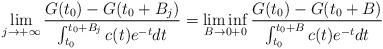
LaTeX: \begin{align*}\lim\limits_{j\to +\infty} \frac{G(t_0)-G(t_0+B_j)}{\int_{t_0}^{t_0+B_j}c(t)e^{-t}dt}=\liminf\limits_{B\to 0+0} \frac{G(t_0)-G(t_0+B)}{\int_{t_0}^{t_0+B}c(t)e^{-t}dt}\end{align*}